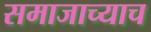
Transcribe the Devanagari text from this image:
समाजाच्याच